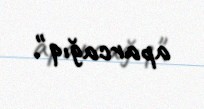
aparcağıq".